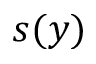
s ( y )